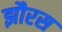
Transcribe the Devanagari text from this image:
झौरस